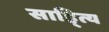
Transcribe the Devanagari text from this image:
साहि्त्य